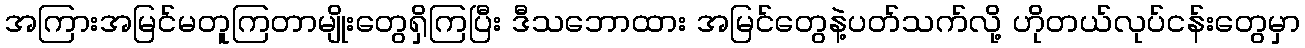
အကြားအမြင်မတူကြတာမျိုးတွေရှိကြပြီး ဒီသဘောထား အမြင်တွေနဲ့ပတ်သက်လို့ ဟိုတယ်လုပ်ငန်းတွေမှာ